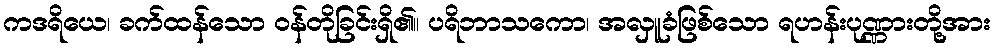
ကဒရိယေ၊ ခက်ထန်သော ဝန်တိုခြင်းရှိ၏။ ပရိဘာသကော၊ အလှူခံဖြစ်သော ရဟန်းပုဏ္ဏားတို့အား